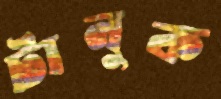
টানুক